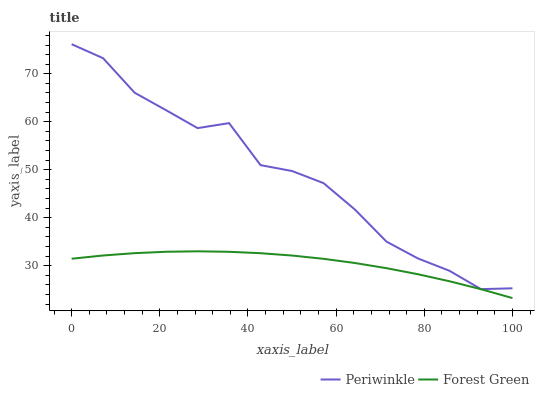
| xaxis_label | Periwinkle | Forest Green |
 | --- | --- | --- |
 | 0 | 76.2 | 31.4 |
 | 7.14 | 73.3 | 32.1 |
 | 14.3 | 66.1 | 32.6 |
 | 21.4 | 62.4 | 32.9 |
 | 28.6 | 58.7 | 33 |
 | 35.7 | 59.7 | 32.9 |
 | 42.9 | 51 | 32.6 |
 | 50 | 49.7 | 32.1 |
 | 57.1 | 47.2 | 31.4 |
 | 64.3 | 41.7 | 30.5 |
 | 71.4 | 35 | 29.5 |
 | 78.6 | 31.5 | 28.2 |
 | 85.7 | 28.9 | 26.7 |
 | 92.9 | 25.1 | 25.1 |
 | 100 | 25.3 | 23.2 |